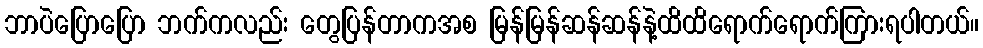
ဘာပဲပြောပြော ဘက်ကလည်း တွေပြန်တာကအစ မြန်မြန်ဆန်ဆန်နဲ့ထိထိရောက်ရောက်ကြားရပါတယ်။